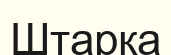
Штарка